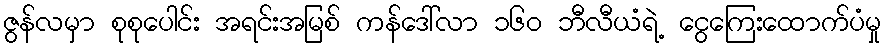
ဇွန်လမှာ စုစုပေါင်း အရင်းအမြစ် ကန်ဒေါ်လာ ၁၆၀ ဘီလီယံရဲ့ ငွေကြေးထောက်ပံမှု